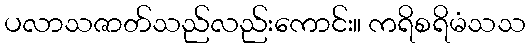
ပလာသဇာတ်သည်လည်းကောင်း။ ကရိစရိမံသသ